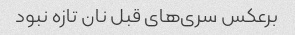
برعکس سری‌های قبل نان تازه نبود